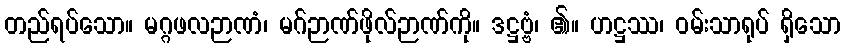
တည်ရပ်သော။ မဂ္ဂဖလဉာဏံ၊ မဂ်ဉာဏ်ဖိုလ်ဉာဏ်ကို။ ဒဋ္ဌဗ္ဗံ၊ ၏။ ဟဋ္ဌဿ၊ ဝမ်းသာရုပ် ရှိသော